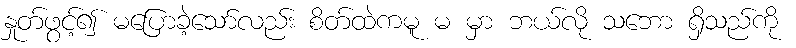
နှုတ်ဖွင့်၍ မပြောခဲ့သော်လည်း စိတ်ထဲကမူ မ မှာ ဘယ်လို သဘော ရှိသည်ကို